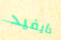
دايفيد